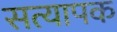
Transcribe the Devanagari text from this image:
सत्यापक